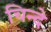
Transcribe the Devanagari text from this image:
चिन्दे